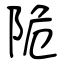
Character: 陒